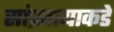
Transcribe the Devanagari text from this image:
सांप्रदायाकडे